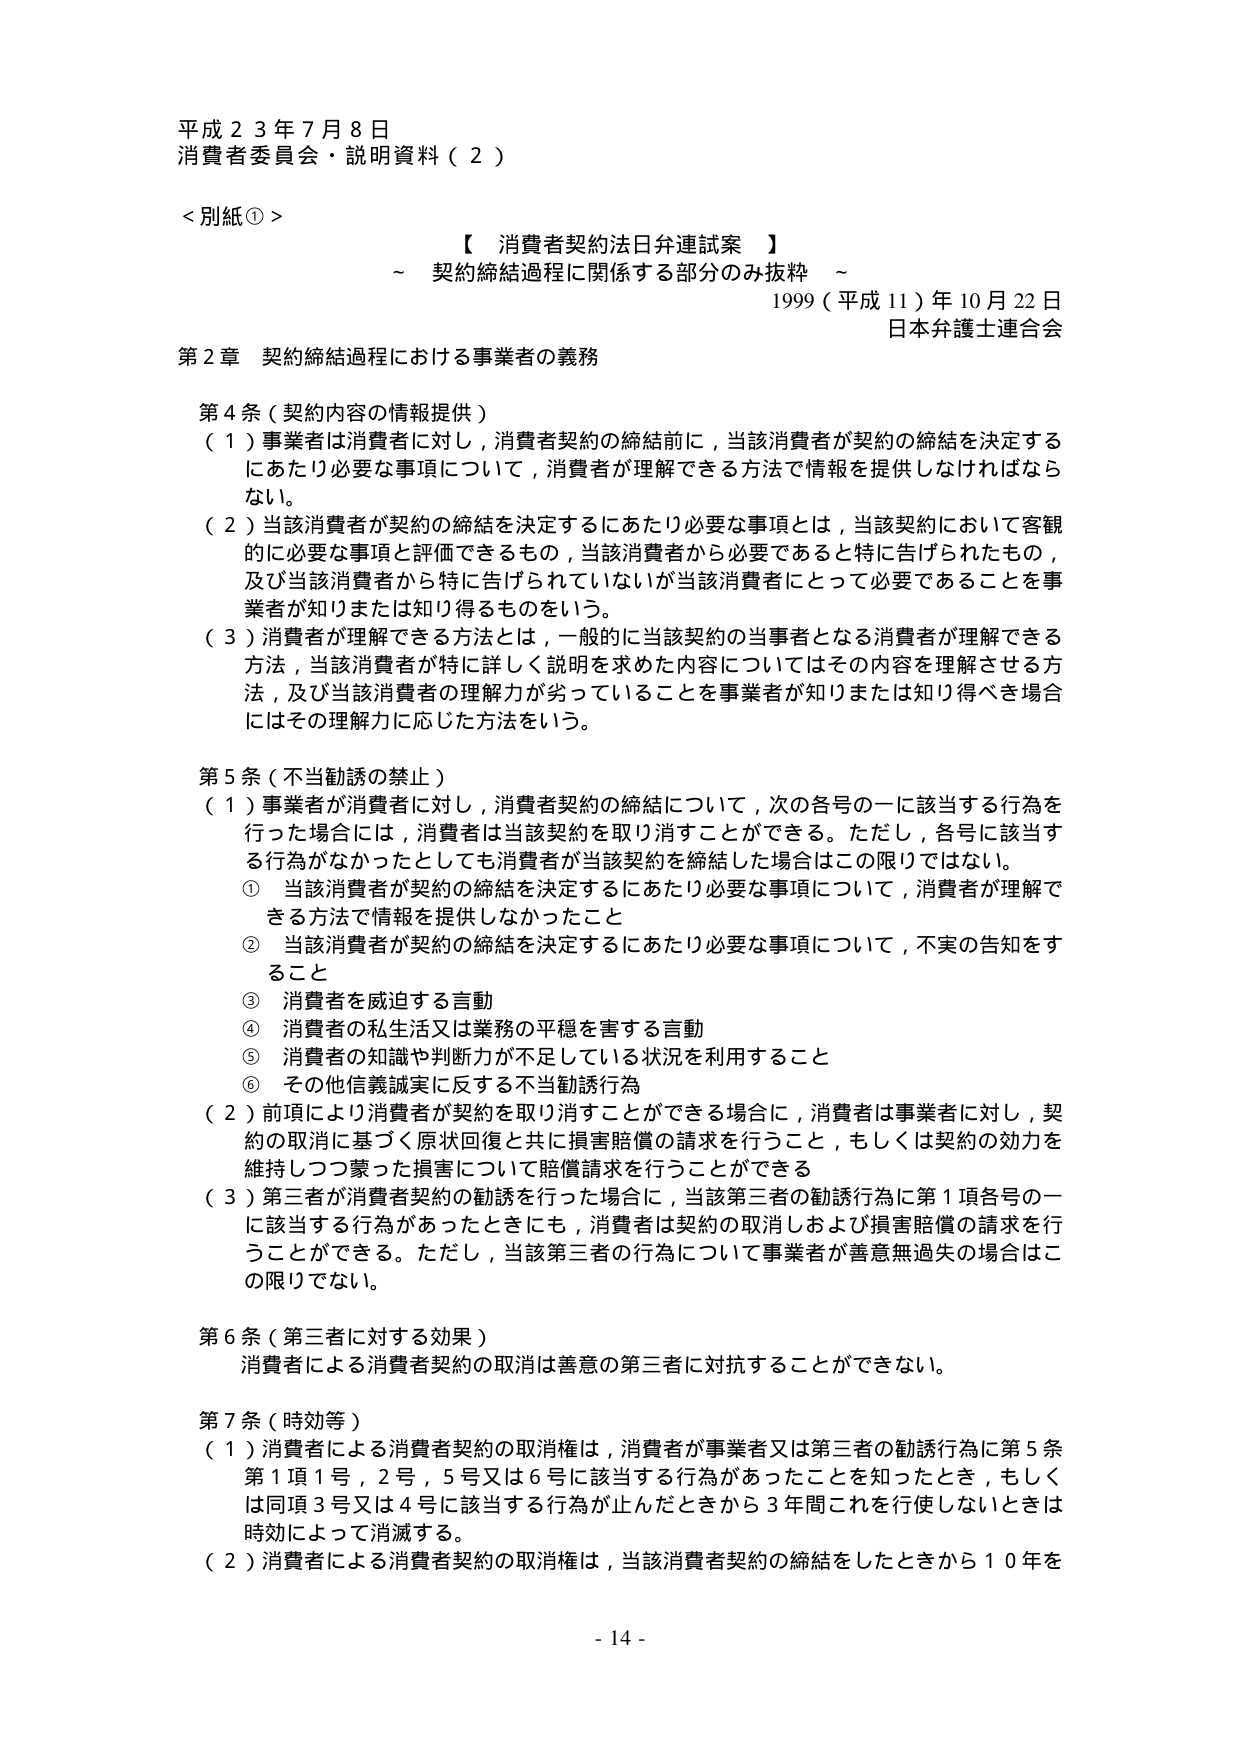
平成２３年７月８日
消費者委員会・説明資料（２）

＜別紙①＞
【 消費者契約法日弁連試案 】
～ 契約締結過程に関係する部分のみ抜粋 ～
1999（平成11）年10月22日
日本弁護士連合会

第2章 契約締結過程における事業者の義務

第4条（契約内容の情報提供）
（1）事業者は消費者に対し，消費者契約の締結前に，当該消費者が契約の締結を決定するにあたり必要な事項について，消費者が理解できる方法で情報を提供しなければならない。
（2）当該消費者が契約の締結を決定するにあたり必要な事項とは，当該契約において客観的に必要な事項と評価できるもの，当該消費者から必要であると特に告げられたもの，及び当該消費者から特に告げられていないが当該消費者にとって必要であることを事業者が知りまたは知り得るものという。
（3）消費者が理解できる方法とは，一般的に当該契約の当事者となる消費者が理解できる方法，当該消費者が特に詳しく説明を求めた内容についてはその内容を理解させる方法，及び当該消費者の理解力が劣っていることを事業者が知りまたは知り得べき場合にはその理解力に応じた方法をいう。

第5条（不当勧誘の禁止）
（1）事業者が消費者に対し，消費者契約の締結について，次の各号の一に該当する行為を行った場合には，消費者は当該契約を取り消すことができる。ただし，各号に該当する行為がなかったとしても消費者が当該契約を締結した場合はこの限りではない。
① 当該消費者が契約の締結を決定するにあたり必要な事項について，消費者が理解できる方法で情報を提供しなかったこと
② 当該消費者が契約の締結を決定するにあたり必要な事項について，不実の告知をすること
③ 消費者を威迫する言動
④ 消費者の私生活又は業務の平穏を害する言動
⑤ 消費者の知識や判断力が不足している状況を利用すること
⑥ その他信義誠実に反する不当勧誘行為
（2）前項により消費者が契約を取り消すことができる場合に，消費者は事業者に対し，契約の取消に基づく原状回復と共に損害賠償の請求を行うこと，もしくは契約の効力を維持しつつ蒙った損害について賠償請求を行うことができる
（3）第三者が消費者契約の勧誘を行った場合に，当該第三者の勧誘行為に第1項各号の一に該当する行為があったときにも，消費者は契約の取消および損害賠償の請求を行うことができる。ただし，当該第三者の行為について事業者が善意無過失の場合はこの限りでない。

第6条（第三者に対する効果）
消費者による消費者契約の取消は善意の第三者に対抗することができない。

第7条（時効等）
（1）消費者による消費者契約の取消権は，消費者が事業者又は第三者の勧誘行為に第5条第1項1号，2号，5号又は6号に該当する行為があったことを知ったとき，もしくは同項3号又は4号に該当する行為が止んだときから3年間これを行使しないときは時効によって消滅する。
（2）消費者による消費者契約の取消権は，当該消費者契約の締結をしたときから10年を

- 14 -